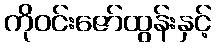
ကိုဝင်းဇော်ထွန်းနှင့်